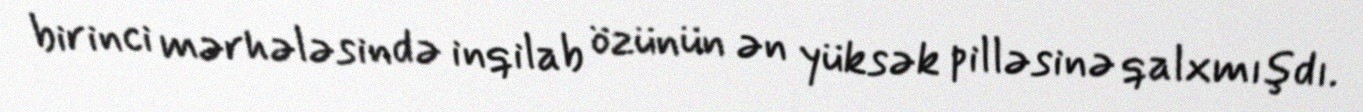
birinci mərhələsində inqilab özünün ən yüksək pilləsinə qalxmışdı.